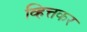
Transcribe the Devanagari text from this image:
व्हित्तकर